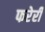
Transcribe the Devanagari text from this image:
फरेरी